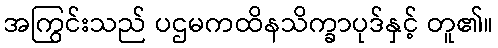
အကြွင်းသည် ပဌမကထိနသိက္ခာပုဒ်နှင့် တူ၏။